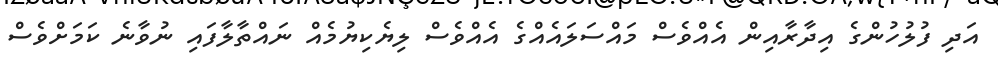
އަދި ފުލުހުންގެ އިދާރާއިން އެއްވެސް މައްސަލައެއްގެ އެއްވެސް ލިޔެކިޔުމެއް ނައްތާލާފައި ނުވާނެ ކަމަށްވެސް